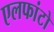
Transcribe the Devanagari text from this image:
एलफांटो